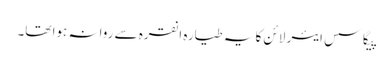
پیگاسس ایئر لائن کا یہ طیارہ انقرہ سے روانہ ہوا تھا۔